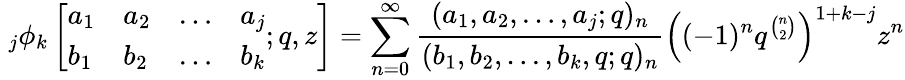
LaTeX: \; _{j}\phi_{k}\left[{\begin{array}{llll}{a_{1}}&{a_{2}}&{\ldots}&{a_{j}}\\ {b_{1}}&{b_{2}}&{\ldots}&{b_{k}}\end{array}};q,z\right]=\sum_{n=0}^{\infty}{\frac{(a_{1},a_{2},\ldots,a_{j};q)_{n}}{(b_{1},b_{2},\ldots,b_{k},q;q)_{n}}}\left((-1)^{n}q^{\binom{n}{2}}\right)^{1+k-j}z^{n}